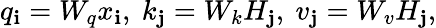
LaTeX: q_{\mathbf{i}}=W_{q}x_{\mathbf{i}},\ k_{\mathbf{j}}=W_{k}H_{\mathbf{j}},\ v_{\mathbf{j}}=W_{v}H_{\mathbf{j}},